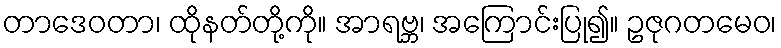
တာဒေဝတာ၊ ထိုနတ်တို့ကို။ အာရဗ္ဘ၊ အကြောင်းပြု၍။ ဥဇုဂတမေဝ၊